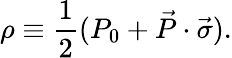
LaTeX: \rho\equiv\frac{1}{2}(P_{0}+\vec{P}\cdot\vec{\sigma}).